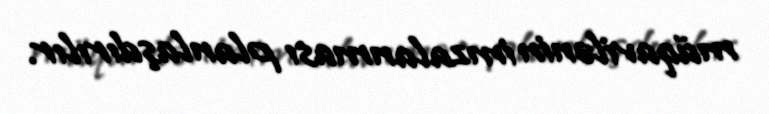
müqavilənin imzalanması planlaşdırılır.